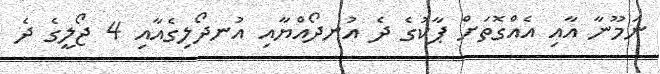
ނަމޫނާ އާއި އެއްގޮތަށް ޕާކުގެ ދެ އުނދޯއްޔާއި އުނދޯލިގެއާއި 4 ޖޯލީގެ ދެ